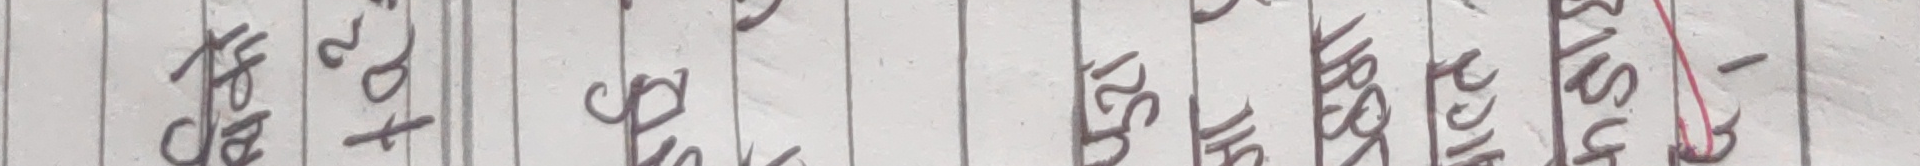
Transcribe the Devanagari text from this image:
तरि०-१३